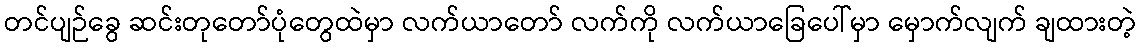
တင်ပျဉ်ခွေ ဆင်းတုတော်ပုံတွေထဲမှာ လက်ယာတော် လက်ကို လက်ယာခြေပေါ်မှာ မှောက်လျက် ချထားတဲ့